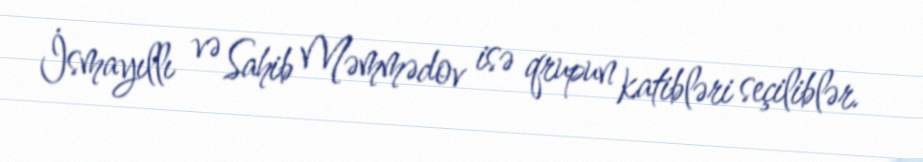
İsmayıllı və Sahib Məmmədov isə qrupun katibləri seçiliblər.